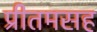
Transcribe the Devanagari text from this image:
प्रीतमसह